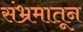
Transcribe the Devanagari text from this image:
संभ्रमातून